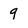
Character: 9